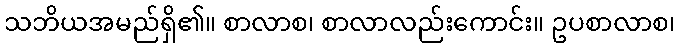
သဘိယအမည်ရှိ၏။ စာလာစ၊ စာလာလည်းကောင်း။ ဥပစာလာစ၊